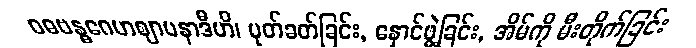
ဝဓဗန္ဓဂေဟဈာပနာဒီဟိ၊ ပုတ်ခတ်ခြင်း, နှောင်ဖွဲ့ခြင်း, အိမ်ကို မီးတိုက်ခြင်း